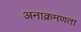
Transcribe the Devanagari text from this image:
अनाक्रमणता